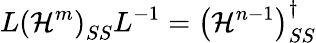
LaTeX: L\left(\mathcal{H}^{m}\right)_{SS}L^{-1}=\left(\mathcal{H}^{n-1}\right)_{SS}^{\dagger}